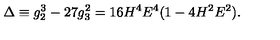
\Delta \equiv g _ { 2 } ^ { 3 } - 2 7 g _ { 3 } ^ { 2 } = 1 6 H ^ { 4 } E ^ { 4 } ( 1 - 4 H ^ { 2 } E ^ { 2 } ) .